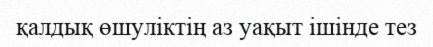
қалдық өшуліктің аз уақыт ішінде тез